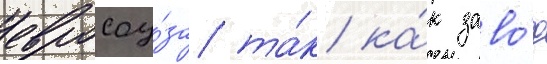
евросоу́за та́к ка́к заво́д